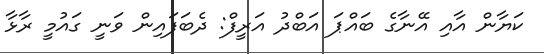
ކަޔާން އާއި އޭނާގެ ބައްޕަ އަބްދު އަރީފް: ދެބަފައިން ވަނީ ގައުމީ ރާޅާ